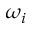
\omega _ { i }